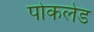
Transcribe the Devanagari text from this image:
पोकलेड